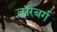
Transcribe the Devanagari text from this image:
वॉरबर्ग